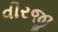
વીરજી